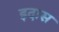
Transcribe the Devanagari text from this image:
इदास